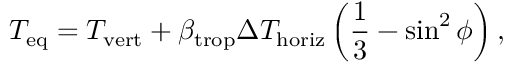
T _ { \mathrm { e q } } = T _ { \mathrm { v e r t } } + \beta _ { \mathrm { t r o p } } \Delta T _ { \mathrm { h o r i z } } \left( \frac { 1 } { 3 } - \sin ^ { 2 } \phi \right) ,